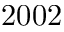
2 0 0 2